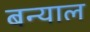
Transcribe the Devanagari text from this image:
बन्‍याल